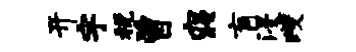
开宇税曾寝肓浸躞